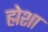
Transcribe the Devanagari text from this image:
ह्मेशा